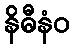
နိဓီနံဝ